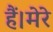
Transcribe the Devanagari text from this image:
हैं।मेरे